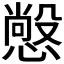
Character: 𭞲